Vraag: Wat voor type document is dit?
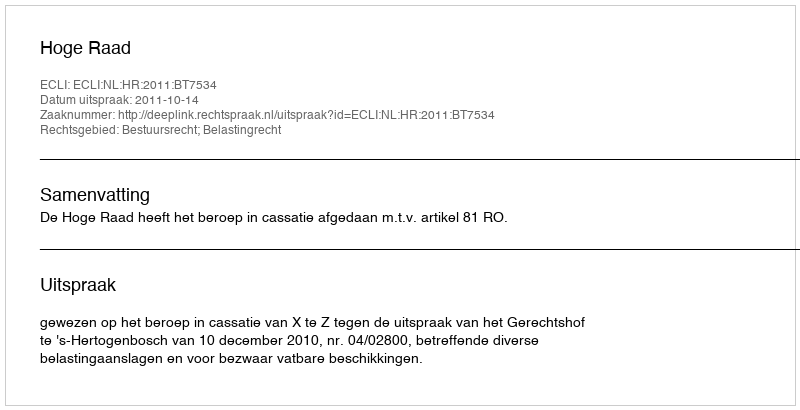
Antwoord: Uitspraak